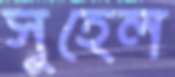
সুহেল